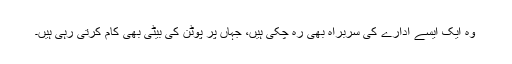
وہ ایک ایسے ادارے کی سربراہ بھی رہ چکی ہیں، جہاں پر پوٹن کی بیٹی بھی کام کرتی رہی ہیں۔